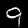
Label: 9